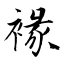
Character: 褖